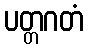
ပတ္တဂတံ